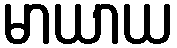
မာယာယ